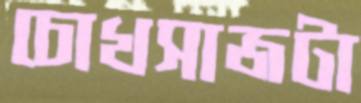
চোখসাজটা